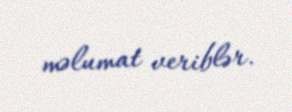
məlumat veriblər.